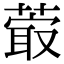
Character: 𦸤